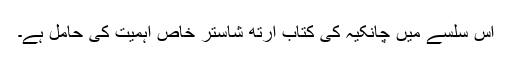
اس سلسے میں چانکیہ کی کتاب ارتھ شاستر خاص اہمیت کی حامل ہے۔